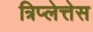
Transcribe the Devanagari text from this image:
त्रिप्लेत्तेस